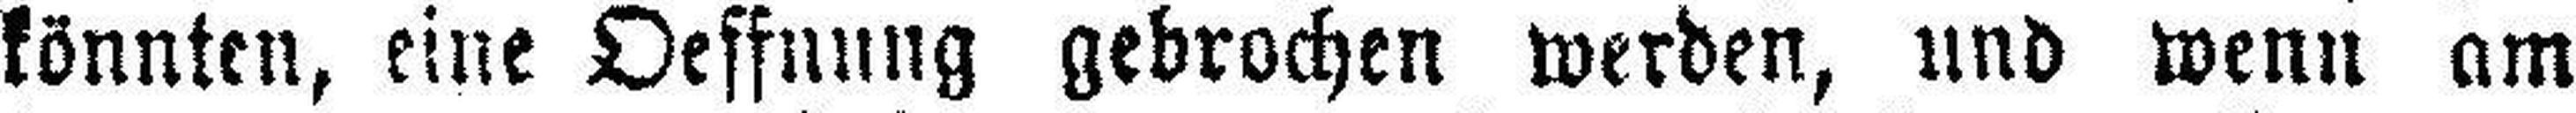
könnten, eine Oeffnung gebrochen werden, und wenn am